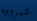
شيروود